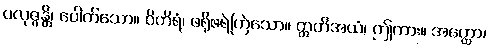
ပလုဇ္ဇန္တိ၊ ပေါက်သော။ ဝိကိရံ၊ ဖရိုဖရဲကြဲသော။ ဣတိအယံ၊ ဤကား။ အတ္ထော၊